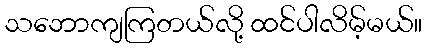
သဘောကျကြတယ်လို့ ထင်ပါလိမ့်မယ်။